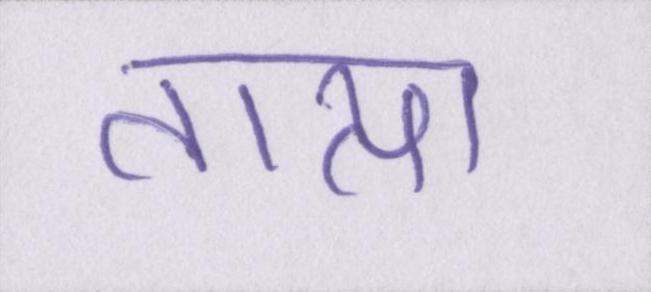
तात्या